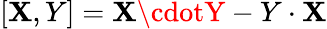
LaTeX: [\mathbf{X},Y]=\mathbf{X}\cdotY-Y\cdot\mathbf{X}